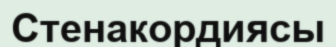
Стенакордиясы